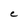
Character: C